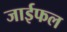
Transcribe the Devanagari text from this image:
जाईफल